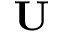
\mathbf { U }